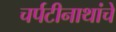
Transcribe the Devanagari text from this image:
चर्पटीनाथांचे